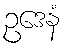
ဥဒေနံ